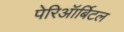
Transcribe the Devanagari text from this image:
पेरिऑर्बिटल